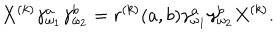
X ^ { ( k ) } \gamma _ { \omega _ { 1 } } ^ { a } \gamma _ { \omega _ { 2 } } ^ { b } = r ^ { ( k ) } ( a , b ) \gamma _ { \omega _ { 1 } } ^ { a } \gamma _ { \omega _ { 2 } } ^ { b } X ^ { ( k ) } .